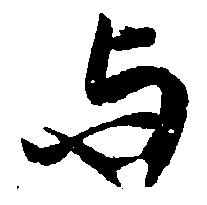
与